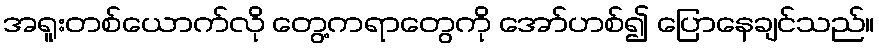
အရူးတစ်ယောက်လို တွေ့ကရာတွေကို အော်ဟစ်၍ ပြောနေချင်သည်။